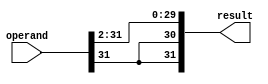
module shiftr2(operand, result);
	input [31:0] operand;
	output [31:0] result;
	
	assign result[29:0] = operand[31:2];
	assign result[31] = operand[31];
	assign result[30] = operand[31];

	
endmodule